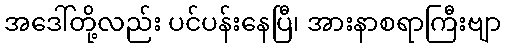
အဒေါ်တို့လည်း ပင်ပန်းနေပြီ၊ အားနာစရာကြီးဗျာ